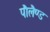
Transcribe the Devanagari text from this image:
पौलैण्ड